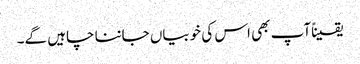
یقیناًآپ بھی اس کی خوبیاں جاننا چاہیں گے۔